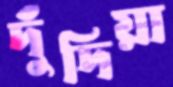
দুঁদিয়া